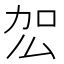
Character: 𭄢